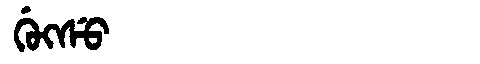
Manchu: ᡤᡠᡴᠰᡠ
Romanization: GUKSU